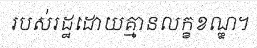
របស់រដ្ឋដោយគ្មានលក្ខខណ្ឌ។